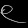
Digit: ၉